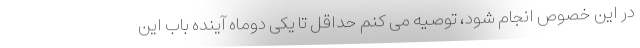
در این خصوص انجام شود، توصیه می کنم حداقل تا یکی دوماه آینده باب این